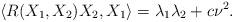
LaTeX: \begin{align*} \langle R(X_{1},X_{2})X_{2},X_{1}\rangle=\lambda_{1}\lambda_{2}+c\nu^{2}.\end{align*}